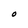
Character: O